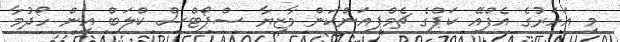
މި އަހަރުގެ އެފްއޭ ކަޕްގެ ޗެމްޕިއަންކަން މާޒިޔާ ސްޕޯޓްސް ކްލަބް އިން ހޯދުމާ